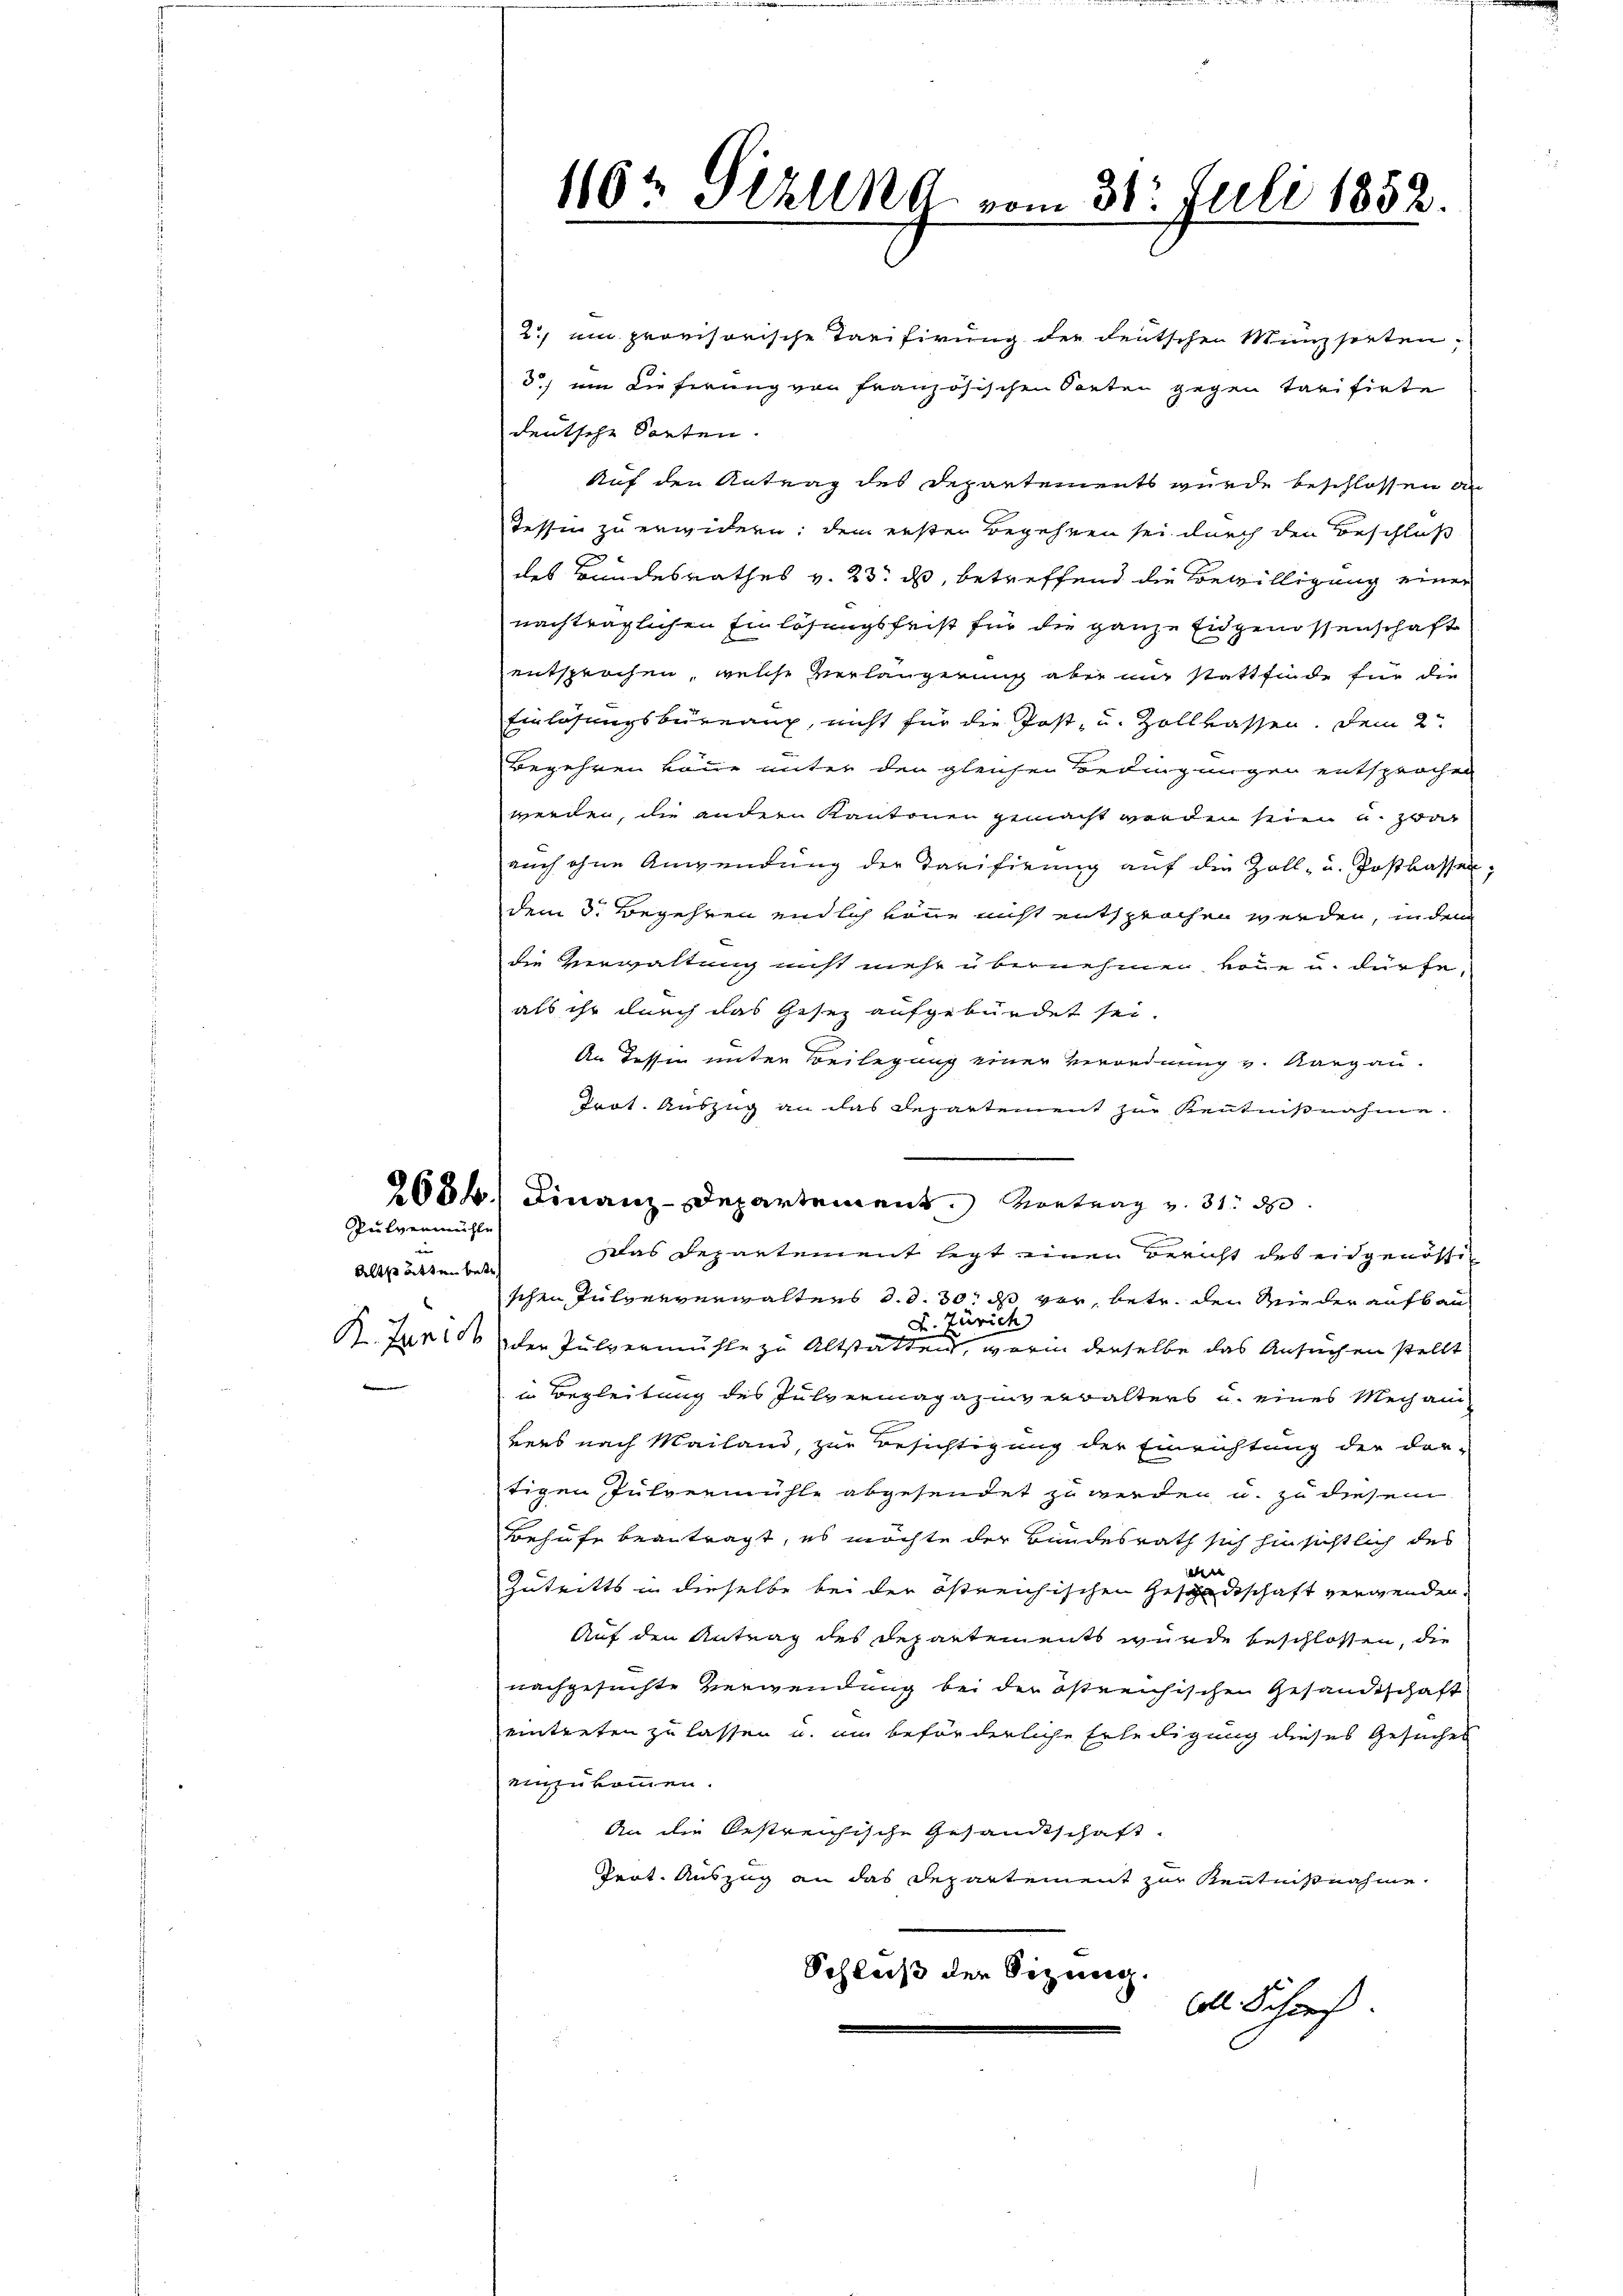
Pulvermühle

m

2) ein provisorische Tarifirung der deutschen Münzsorten,
d.) ein dieferung von französischen Sorten gegen Tarifirte
deutsche Sorten.
Auf den Antrag des Departements wurde beschlossen an
Tessin zu erwidern; dem ersten Begehren sei durch den Beschloß
des Bandesrathes v. 23. ds, betreffend die Bewilligung einer
nachträglichen Einlösungsfrist für die ganze Eidgenossenschaft
entsprochen, welche Verlängerung aber mir stattfinde für die
Einlösungsbureaux, nicht für die Post- u. Zollkassen. Dem 2.
Begehren könne unter den gleichen Bedingungen entsprochen
werden, die andern Kantonen gemacht werden seien u. zwar
auch ohne Anwendung der Tarifirung auf die Zoll- u. Postkasser
dem 3. Begehren endlich könne nicht entsprochen werden, in dem
die Verwaltung nicht mehr übernehmen könne u. dürfe,
als ihr durch das Gesez aufgebürdet sei.
An Tessin unter Beilegung einer Verordnung v. Aargau.
Tact. Auszug an das Departement zur Kenntnißnahme.
2684.) Finanz-Departement. Vortrag u. 31. 80.
Altstättenber das Departement legt einen Bericht des eidgenössi
schen Pulververwaltens d. d. 30. ds vor, betr. den Wieder aufbau
Zürich
F
B. Zurede der Pulvermuste zu Altstatten, worin derselbe das Ansuchen stellt
in Begleitung des Pulvermagazinverwalters u. eines Mechani
vers nach Mailand, zur Besichtigung der Einrichtung der dor-
tigen Julvermühle abgesendet zu werden, u. zu diesem
Behufe beantragt, es möchte der Bundesrath sich hinsichtlich des
d
Zutritts in dieselbe bei der östreichischen Geschenkschaft verwenden.
Auf den Antrag des Departements wurde beschlossen, die
nachgesuchte Verwendung bei der östreichischen Gesandtschaft
eintreten zu lassen u. um beförderliche Erledigung dieses Gesuches
einzukommen.
An die bestreichische Gesandtschaft.
Prot. Auszug an das Departement zur Kenntnißnahme.
Schluß der Sitzung.
All. Schief

1162 Pizlena vom 31. Juli 1852.
.

7